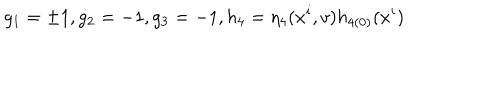
g _ { 1 } = \pm 1 , g _ { 2 } = - 1 , g _ { 3 } = - 1 , h _ { 4 } = \eta _ { 4 } ( x ^ { i } , v ) h _ { 4 ( 0 ) } ( x ^ { i } )